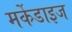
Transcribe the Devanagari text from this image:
मर्केडाइज